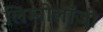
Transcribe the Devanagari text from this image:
लिम्नोलॉजी